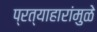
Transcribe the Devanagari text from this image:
प्रत्याहारांमुळे